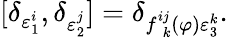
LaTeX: \lbrack\delta_{\varepsilon_{1}^{i}},\delta_{\varepsilon_{2}^{j}}]=\delta_{f_{\ \ k}^{ij}(\varphi)\varepsilon_{3}^{k}}.